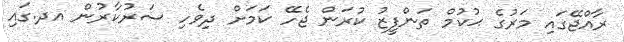
ރާއްޖޭގައި މަރުގެ ޙުކުމް ތަންފީޒު ކުރަން ޖެހޭ ކަމަށް ދިވެހި ސަރުކާރުން އދ.ގައި